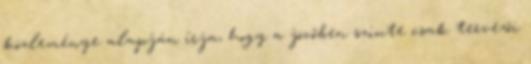
közleménye alapján írja, hogy a jövőben szinte csak tervezői